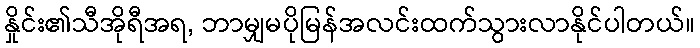
နှိုင်း၏သီအိုရီအရ, ဘာမျှမပိုမြန်အလင်းထက်သွားလာနိုင်ပါတယ်။